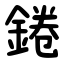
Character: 錈